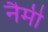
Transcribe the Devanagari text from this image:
नैमी